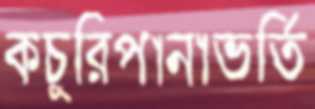
কচুরিপানাভর্তি